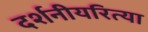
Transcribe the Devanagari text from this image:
दर्शनीयरित्या